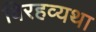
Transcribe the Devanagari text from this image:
विरहव्यथा